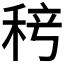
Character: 𬓨